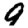
Digit: 9